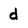
Character: d